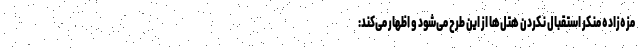
مزه‌زاده منکر استقبال نکردن هتل‌ها از این طرح می‌شود و اظهار می‌کند: